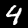
Digit: 4